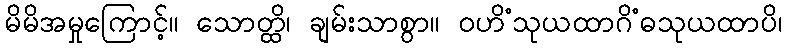
မိမိအမှုကြောင့်။ သောတ္ထိ၊ ချမ်းသာစွာ။ ဝဟိံသုယထာဂိံဓသုယထာပိ၊